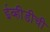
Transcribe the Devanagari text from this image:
ईव्हीडीची